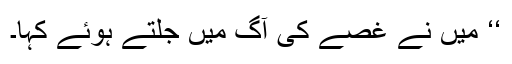
‘‘ میں نے غصے کی آگ میں جلتے ہوئے کہا۔